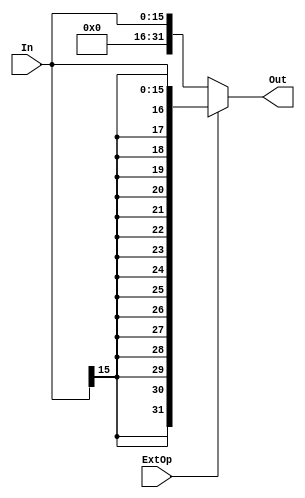
`timescale 1ns / 1ps
//////////////////////////////////////////////////////////////////////////////////
// Company: 
// Engineer: 
// 
// Design Name: 
// Module Name:    ext 
// Project Name: 
// Target Devices: 
// Tool versions: 
// Description: 
//
// Dependencies: 
//
// Revision: 
// Revision 0.01 - File Created
// Additional Comments: 
//
//////////////////////////////////////////////////////////////////////////////////
module ext(
    input ExtOp,
    input [15:0] In,
    output [31:0] Out
    );
	//extop = 0-> zero_ext    1->sign_ext
	assign Out = ExtOp?{{16{In[15]}},In}:{{16{1'b0}},In};
	

endmodule